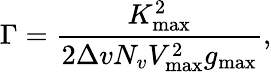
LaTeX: \Gamma=\frac{K_{\operatorname*{max}}^{2}}{2\Delta vN_{v}V_{\operatorname*{max}}^{2}g_{\operatorname*{max}}},